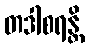
တဒါစရန္တိ